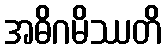
အဓိဂမိဿတိ